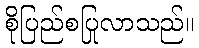
စိုပြည်စပြုလာသည်။